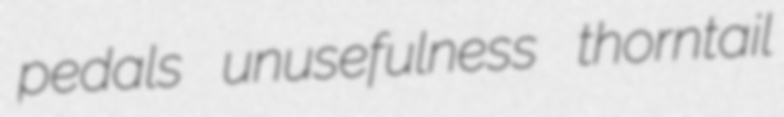
pedals unusefulness thorntail